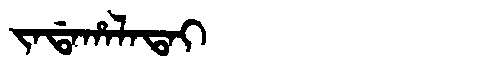
Manchu: ᠵᠠᡩᠠᡥᠠᠯᠠᡨᠠᡳ
Romanization: JADAHALATAI